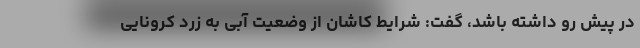
در پیش رو داشته باشد، گفت: شرایط کاشان از وضعیت آبی به زرد کرونایی